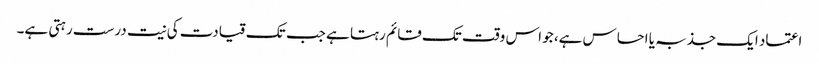
اعتماد ایک جذبہ یا احساس ہے، جو اس وقت تک قائم رہتا ہے جب تک قیادت کی نیت درست رہتی ہے۔